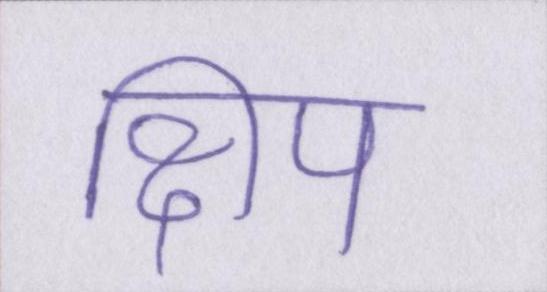
क्षिप